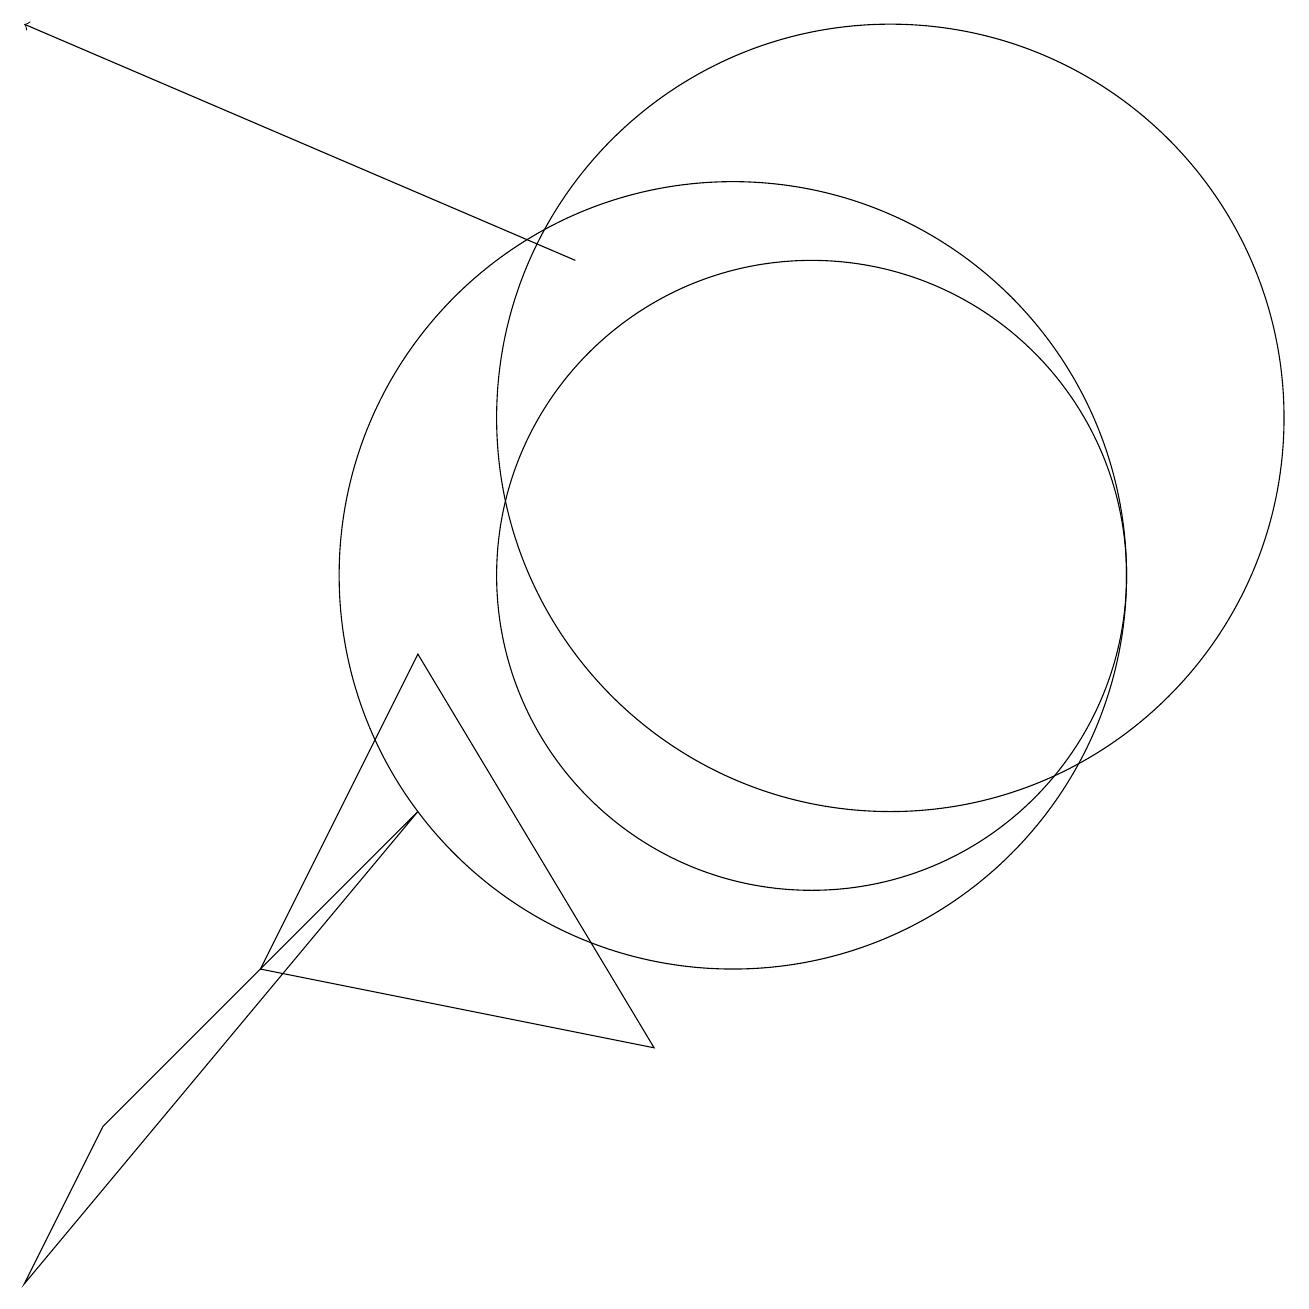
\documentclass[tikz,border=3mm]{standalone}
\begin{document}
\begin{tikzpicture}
\draw (2,3) -- (6,7) -- (1,1) -- cycle;
\draw[->] (8,14) -- (1,17);
\draw (12,12) circle (5);
\draw (6,9) -- (9,4) -- (4,5) -- cycle;
\draw (10,10) circle (5);
\draw (11,10) circle (4);
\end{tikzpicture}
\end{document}